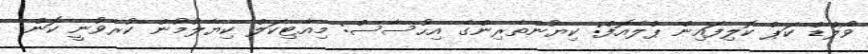
ވޯލްޑް ކަޕް ކޮލިފައިން ޕްލޭއޮފް: ކިޔުންތެރިންގެ އިހުސާސް: މިއާޓިކަލް ކިޔާލުމުން ކުރެވުނީ ކޮން